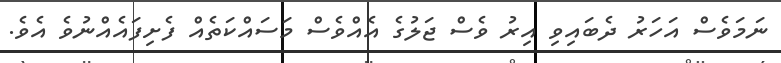
ނަމަވެސް އަހަރު ދެބައިވި އިރު ވެސް ޖަލުގެ އެއްވެސް މަސައްކަތެއް ފެށިފައެއްނުވެ އެވެ.